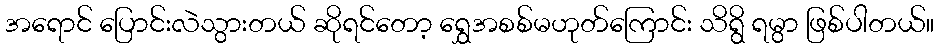
အရောင် ပြောင်းလဲသွားတယ် ဆိုရင်တော့ ရွှေအစစ်မဟုတ်ကြောင်း သိရွိ ရမွာ ဖြစ်ပါတယ်။